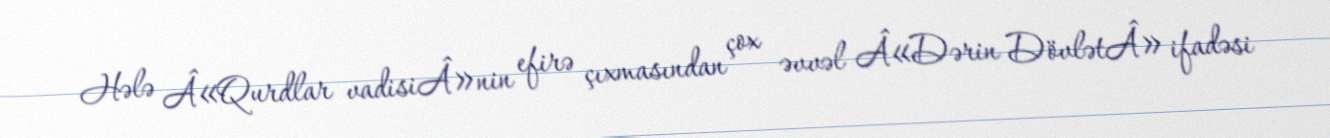
Hələ Â«Qurdlar vadisiÂ»nin efirə çıxmasından çox əvvəl Â«Dərin DövlətÂ» ifadəsi